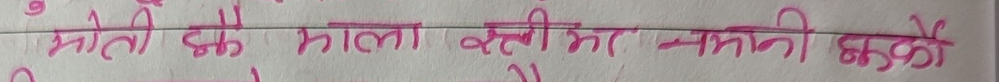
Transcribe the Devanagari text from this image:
मोती के माला स्त्री पर नमनी करो